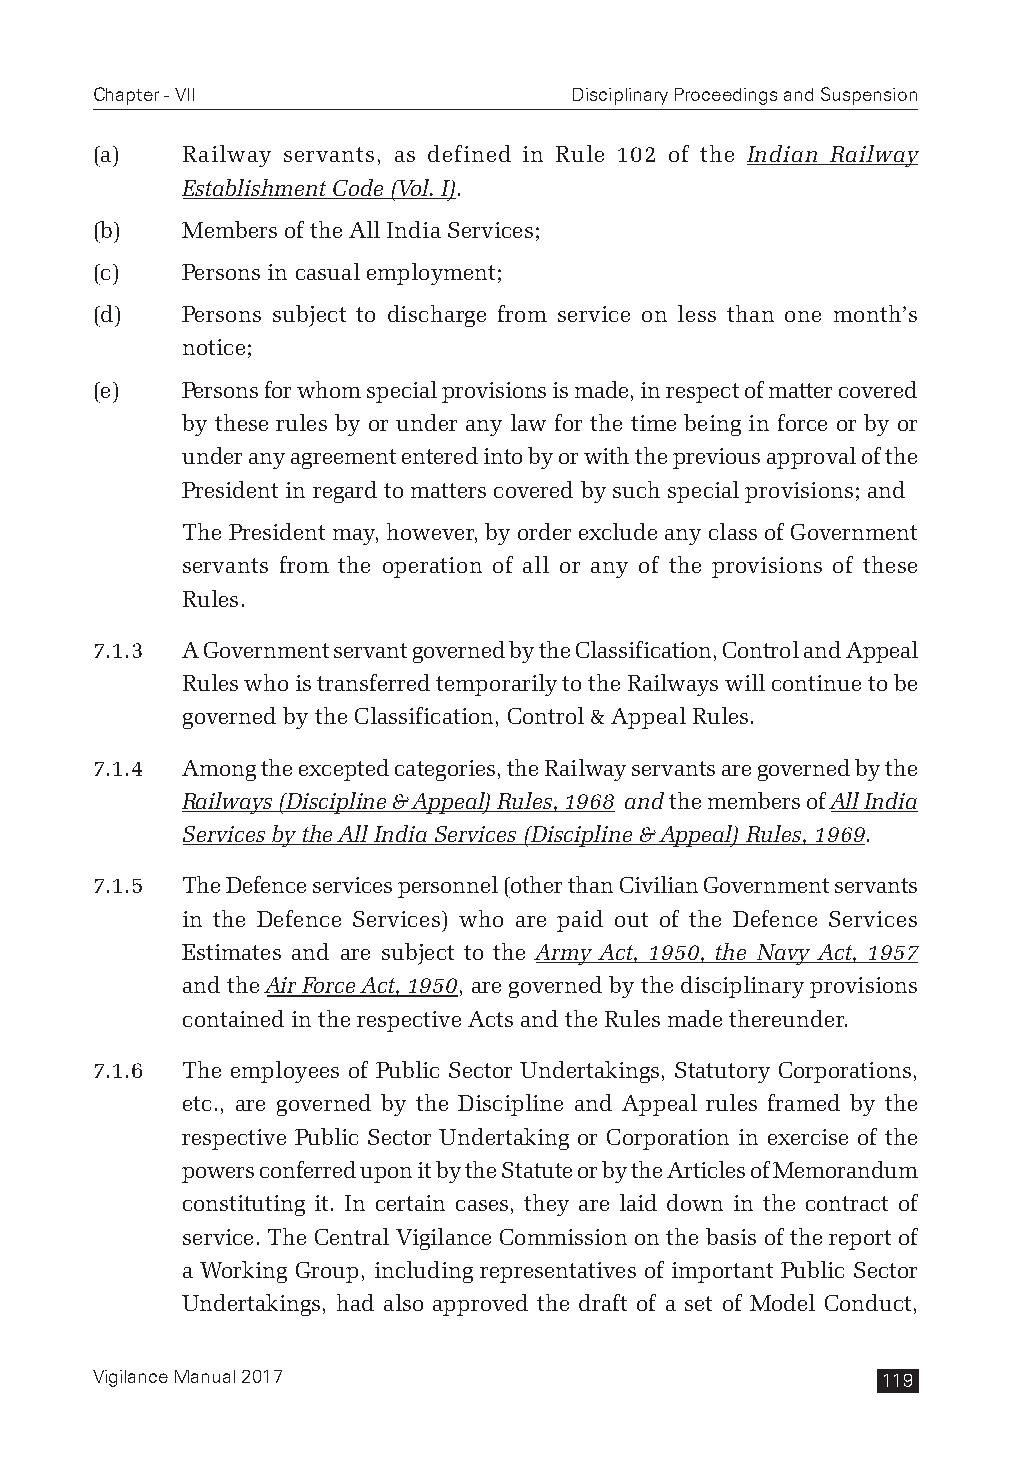
Chapter - VII                   Disciplinary Proceedings and Suspension
 (a)   Railway servants, as defined in Rule 102 of the Indian Railway
 Establishment Code (Vol. I).
 (b)   Members of the All India Services;
 (c)   Persons in casual employment;
 (d)   Persons subject to discharge from service on less than one month’s
 notice;
 (e)   Persons for whom special provisions is made, in respect of matter covered
 by these rules by or under any law for the time being in force or by or
 under any agreement entered into by or with the previous approval of the
 President in regard to matters covered by such special provisions; and
 The President may, however, by order exclude any class of Government
 servants from the operation of all or any of the provisions of these
 Rules.
 7.1.3 A Government servant governed by the Classification, Control and Appeal
 Rules who is transferred temporarily to the Railways will continue to be
 governed by the Classification, Control & Appeal Rules.
 7.1.4 Among the excepted categories, the Railway servants are governed by the
 Railways (Discipline & Appeal) Rules, 1968 and the members of All India
 Services by the All India Services (Discipline & Appeal) Rules, 1969.
 7.1.5 The Defence services personnel (other than Civilian Government servants
 in the Defence Services) who are paid out of the Defence Services
 Estimates and are subject to the Army Act, 1950, the Navy Act, 1957
 and the Air Force Act, 1950, are governed by the disciplinary provisions
 contained in the respective Acts and the Rules made thereunder.
 7.1.6 The employees of Public Sector Undertakings, Statutory Corporations,
 etc., are governed by the Discipline and Appeal rules framed by the
 respective Public Sector Undertaking or Corporation in exercise of the
 powers conferred upon it by the Statute or by the Articles of Memorandum
 constituting it. In certain cases, they are laid down in the contract of
 service. The Central Vigilance Commission on the basis of the report of
 a Working Group, including representatives of important Public Sector
 Undertakings, had also approved the draft of a set of Model Conduct,
 Vigilance Manual 2017                               119